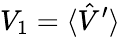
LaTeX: V_{1}=\langle\hat{V}^{\prime}\rangle